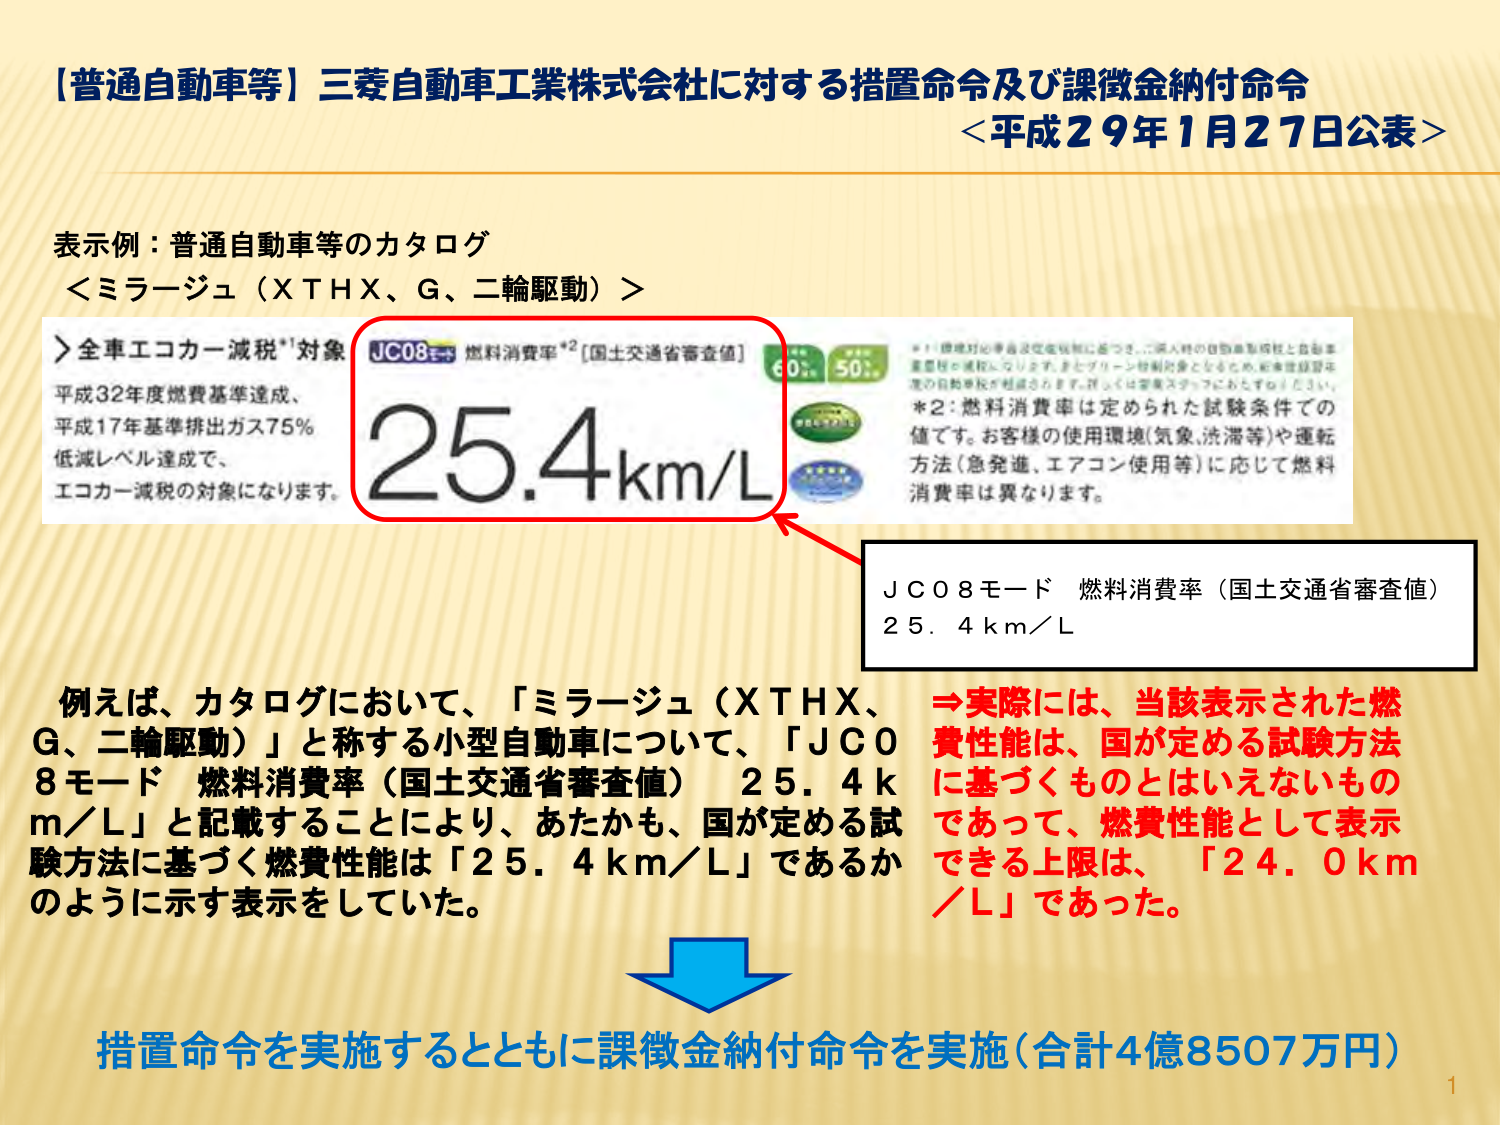
【普通自動車等】三菱自動車工業株式会社に対する措置命令及び課徴金納付命令
＜平成29年1月27日公表＞

表示例：普通自動車等のカタログ
＜ミラージュ（XTHX、G、二輪駆動）＞

＞全車エコカー減税*1対象
平成32年度燃費基準達成、
平成17年基準排出ガス75％
低減レベル達成で、
エコカー減税の対象になります。

JC08モード 燃料消費率*2［国土交通省審査値］
25.4km/L

*1：環境対応車両認定制度に基づき、ご購入時の自動車取得税と自動車重量税の減税になります。またグリーン税制対象となるため、軽自動車税の減免の対象車両が拡大されます。詳しくは販売店スタッフにおたずねください。
*2：燃料消費率は定められた試験条件での値です。お客様の使用環境（気象、渋滞等）や運転方法（急発進、エアコン使用等）に応じて燃料消費率は異なります。

JC08モード 燃料消費率（国土交通省審査値）
25.4km／L

例えば、カタログにおいて、「ミラージュ（XTHX、G、二輪駆動）」と称する小型自動車について、「JC08モード 燃料消費率（国土交通省審査値） 25.4km／L」と記載することにより、あたかも、国が定める試験方法に基づく燃費性能は「25.4km／L」であるかのように示す表示をしていた。

⇒実際には、当該表示された燃費性能は、国が定める試験方法に基づくものとはいえないものであって、燃費性能として表示できる上限は、「24.0km／L」であった。

措置命令を実施するとともに課徴金納付命令を実施（合計4億8507万円）

1